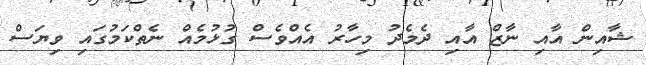
ޝާއިން އާއި ނާޒް އާއި ދެމެދު މިހާރު އެއްވެސް ގުޅުމެއް ނެތްކަމުގައި ވިޔަސް